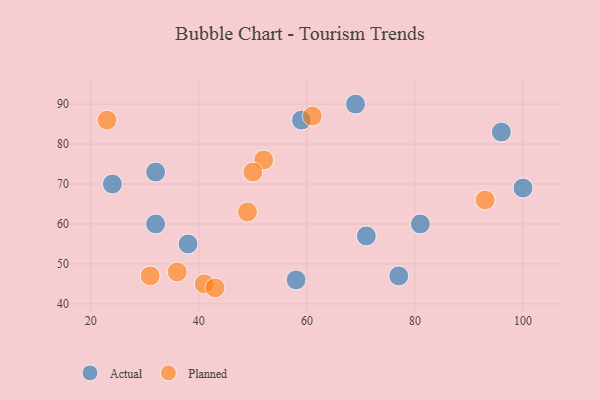
{"axis": {"x": "GDP", "y": "Life Expectancy"}, "legend": ["Actual", "Planned"], "data": [{"x": "24", "y": 70, "type": "Actual"}, {"x": "96", "y": 83, "type": "Actual"}, {"x": "100", "y": 69, "type": "Actual"}, {"x": "69", "y": 90, "type": "Actual"}, {"x": "38", "y": 55, "type": "Actual"}, {"x": "71", "y": 57, "type": "Actual"}, {"x": "59", "y": 86, "type": "Actual"}, {"x": "81", "y": 60, "type": "Actual"}, {"x": "58", "y": 46, "type": "Actual"}, {"x": "77", "y": 47, "type": "Actual"}, {"x": "32", "y": 60, "type": "Actual"}, {"x": "32", "y": 73, "type": "Actual"}, {"x": "49", "y": 63, "type": "Planned"}, {"x": "61", "y": 87, "type": "Planned"}, {"x": "36", "y": 48, "type": "Planned"}, {"x": "41", "y": 45, "type": "Planned"}, {"x": "43", "y": 44, "type": "Planned"}, {"x": "52", "y": 76, "type": "Planned"}, {"x": "31", "y": 47, "type": "Planned"}, {"x": "50", "y": 73, "type": "Planned"}, {"x": "23", "y": 86, "type": "Planned"}, {"x": "93", "y": 66, "type": "Planned"}]}